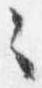
々